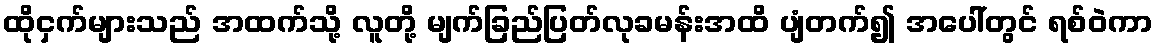
ထိုငှက်များသည် အထက်သို့ လူတို့ မျက်ခြည်ပြတ်လုခမန်းအထိ ပျံတက်၍ အပေါ်တွင် ရစ်ဝဲကာ